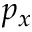
p _ { x }